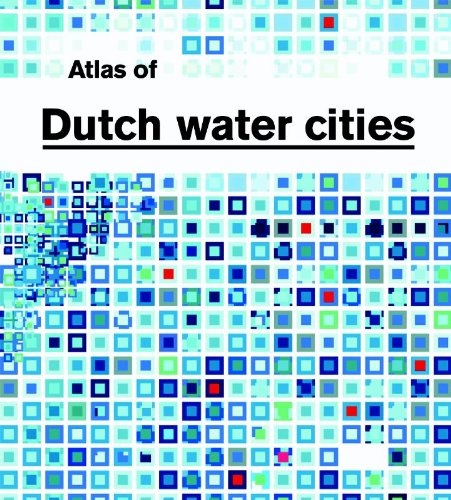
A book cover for Atlas Of Dutch Water Cities; various; Travel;